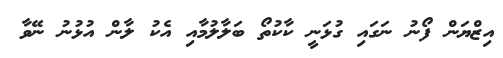
އިޒްޔަން ފޯނު ނަގައި ގުޅަނީ ކާކުތޯ ބަލާލުމާއި އެކު ލާން އުޅުނު ނޭވާ